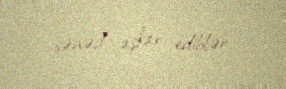
sənəd aşkar ediblər.